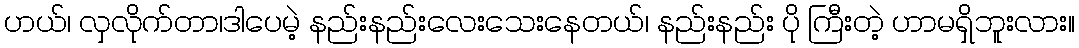
ဟယ်၊ လှလိုက်တာ၊ဒါပေမဲ့ နည်းနည်းလေးသေးနေတယ်၊ နည်းနည်း ပို ကြီးတဲ့ ဟာမရှိဘူးလား။